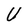
Character: U